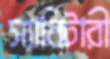
স্যানিটারী